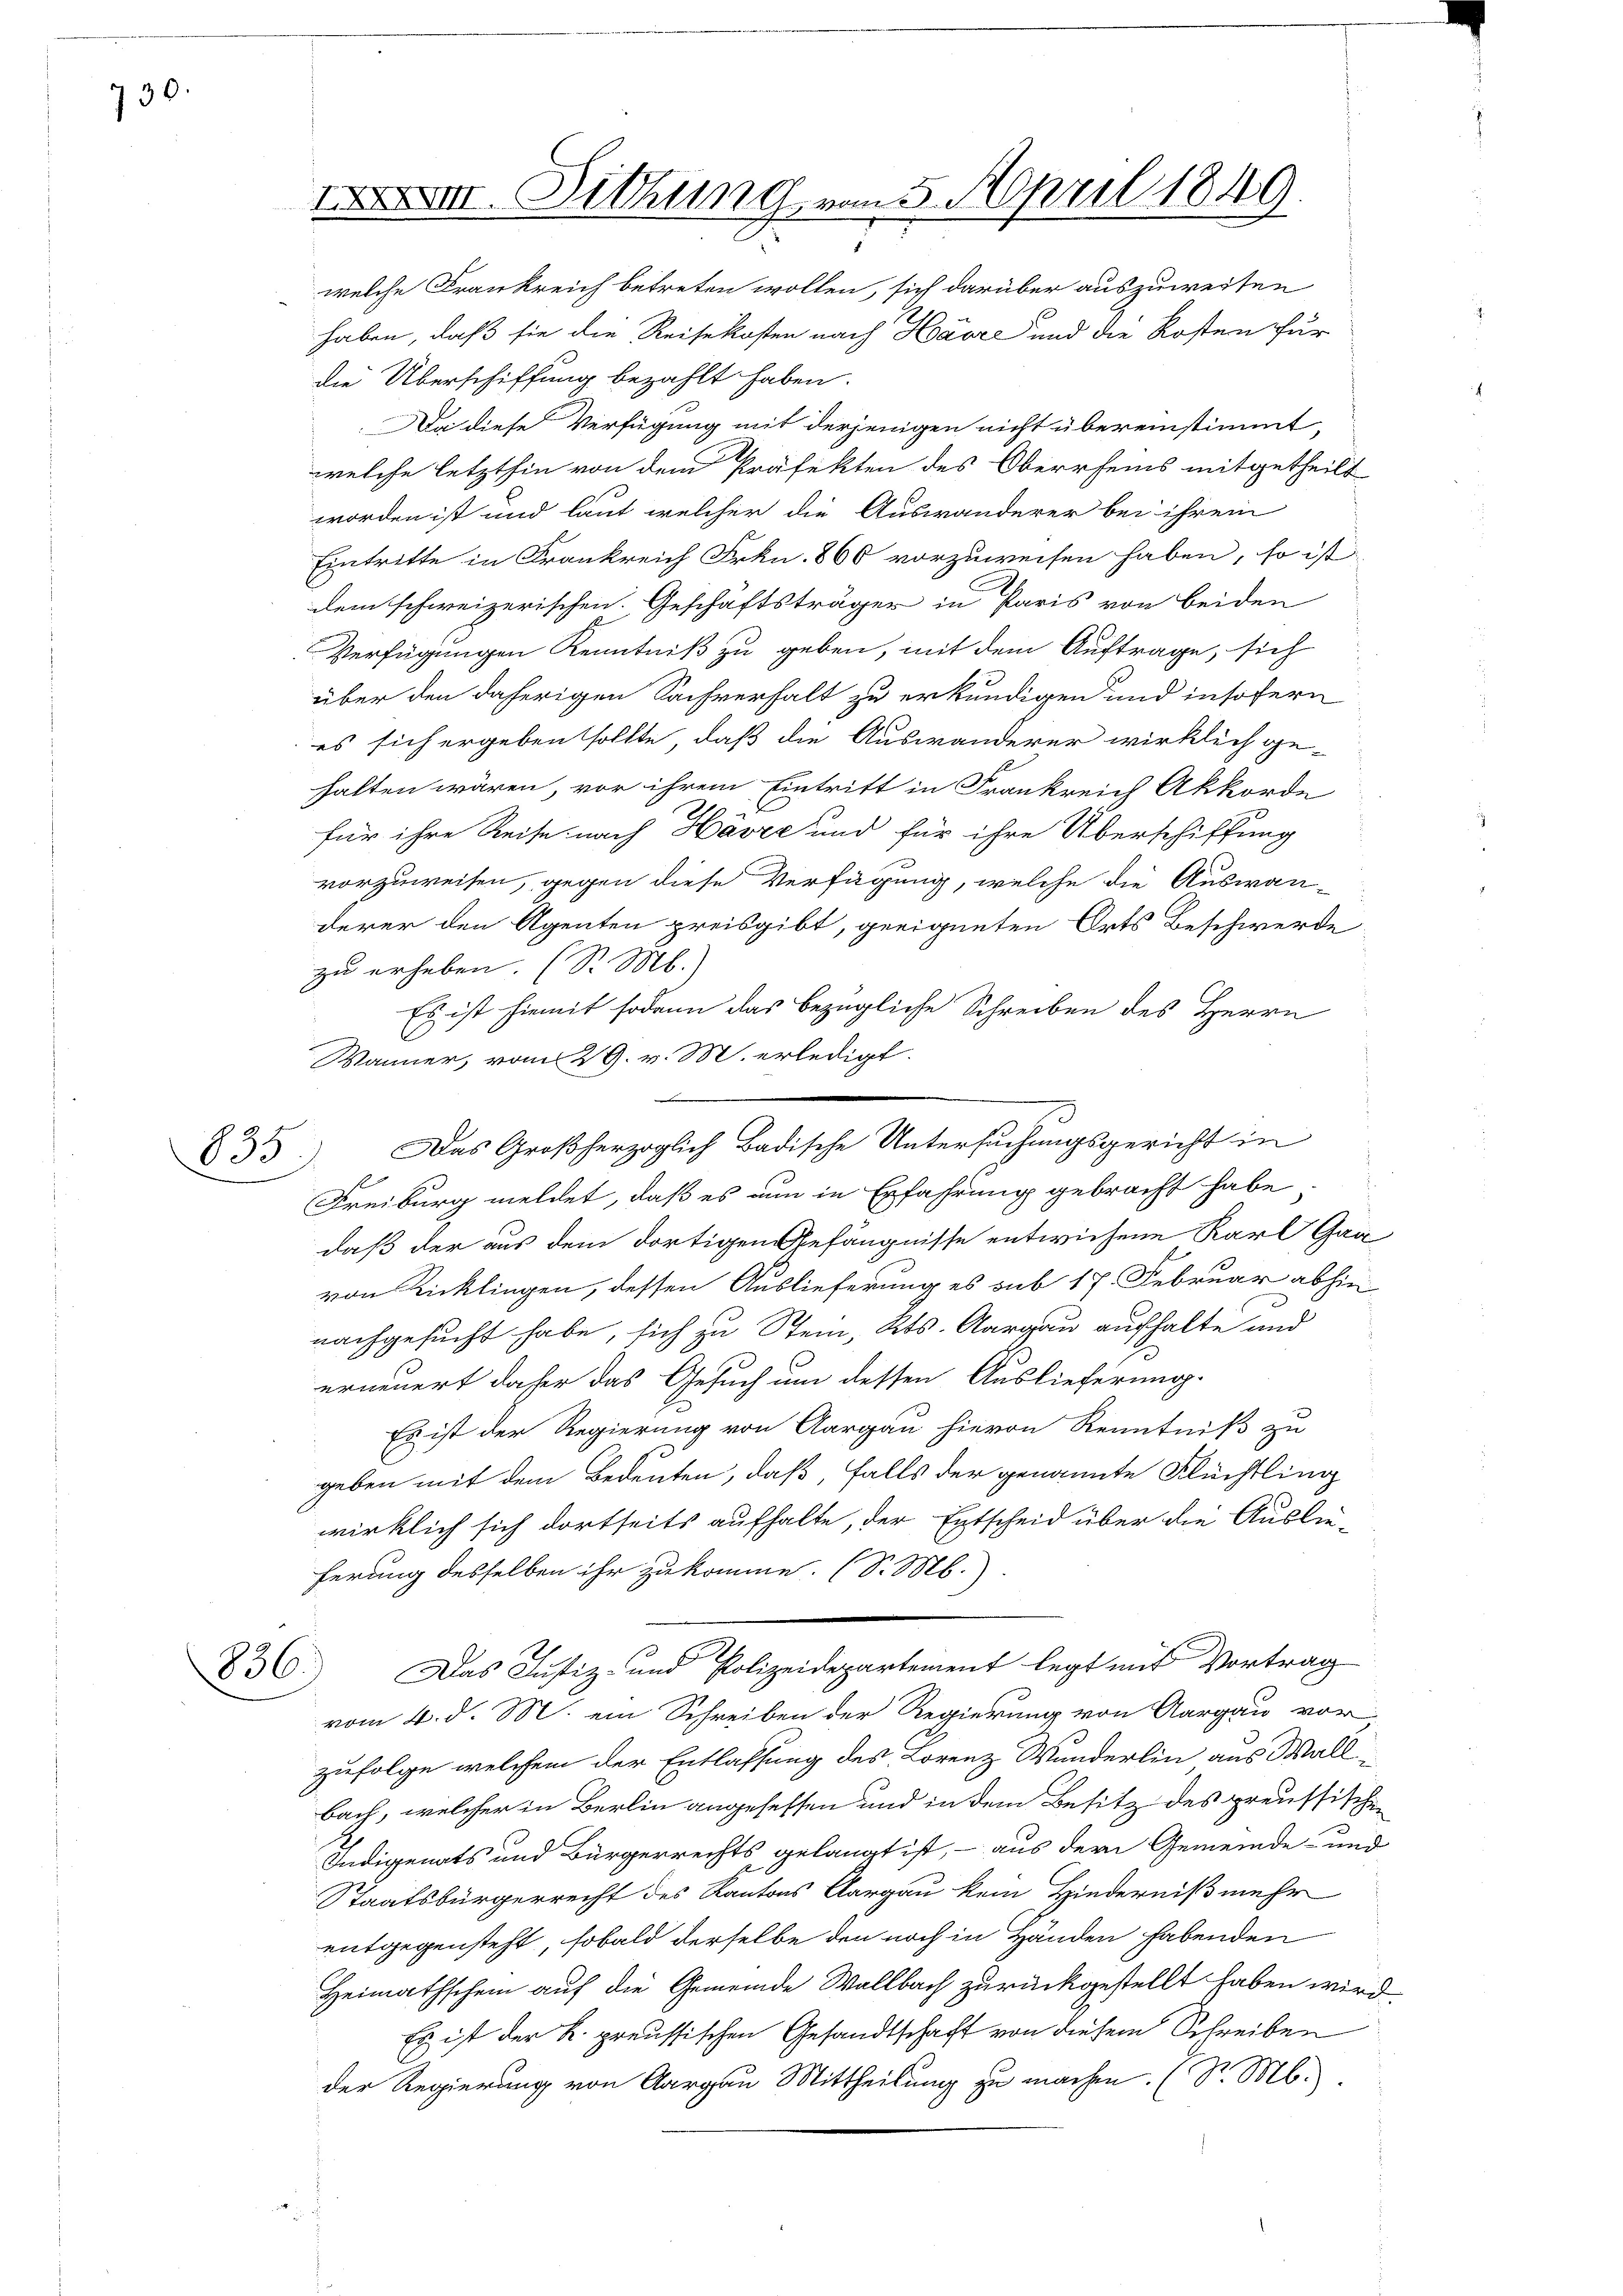
730.

XII. Sitzung vom 5. April 1849.
welche Frankreich betreten wollen, sich darüber auszuweiten

haben, daß sie die Reisekosten nach Havre und die Kosten für
die Überschiffung bezahlt haben.
Da diese Verfügung mit derjenigen nicht übereinstimmt,
welche letzthin von dem Präfekten des Oberrheins mitgetheilt
worden ist und laut welcher die Auswanderer bei ihrem
Eintritte in Frankreich Frkn. 866 vorzuweisen haben, so ist
dem schweizerischen. Geschäftsträger in Paris von beiden
Verfügungen Kenntniß zu geben, mit dem Auftrage, sich
über den daherigen Sachverhalt zu erkundigen und insofern
es sich ergeben sollte, daß die Auswanderer wirklich ge-
halten wären, vor ihrem Eintritt in Frankreich Akkorde
für ihre Reise nach Harze und für ihre Überschiffung
vorzuweisen, gegen diese Verfügung, welche die Auswanderer den Agenten preisgibt, geeigneten Orts Beschwerde
zu erheben. (S. M.
Es ist hiemit sodann das bezügliche Schreiben des Herrn
Wänner, vom 29. v. M. erledigt.
Freiburg meldet, daß es nun in Erfahrung gebracht habe
daß der aus dem dortigen Gefängnisse entwiesene Karl Gra
von Ricklingen, dessen Auslieferung es sub 17. Februar abhin
nachgesucht habe, sich zu Stein, Kts. Aargau aufhalte und
erneuert daher das Gesuch um dessen Auslieferung.
Es ist der Regierung von Aargau hievon Kenntniß zu
geben mit dem Bedeuten, daß, falls der genannte Flüchtling
wirklich sich dortseits aufhalte, der Entscheid über die Auslieferung desselben ihr zukomme. (S. M.
836. Das Justiz- und Polizeidepartement legt mit Vortrag
vom 4. d. M. ein Schreiben der Regierung von Aargau vorzufolge welchem der Entlassung des Lorenz Wunderlin aus Wallbach, welcher in Berlin angesessen und in dem Besitz des preussischen
Indigenats und Bürgerrechts gelangt ist, – aus der Gemeinde- und
Staatsbürgerrecht des Kantons Aargau kein Hinderniß mehr
entgegensteht, sobald derselbe den noch in Händen habenden
Heimathschein auf die Gemeinde Wallbach zurückgestellt haben wird.
Es ist der k. preussischen Gesandtschaft von diesem Schreiben
der Regierung von Aargau Mittheilung zu machen. (S. M.

833) Das Großherzoglich Badische Untersuchungsgericht in